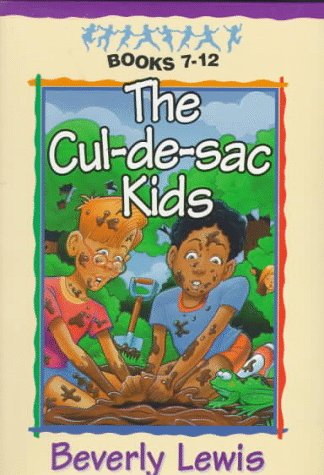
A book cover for Cul-de-sac Kids Boxed Set; Beverly Lewis; Religion & Spirituality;